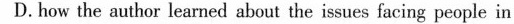
D.how the author learmed aheut the isues faeing people in